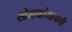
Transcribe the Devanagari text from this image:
खेळ्यांमागची